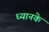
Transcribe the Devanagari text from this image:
ध्यानके